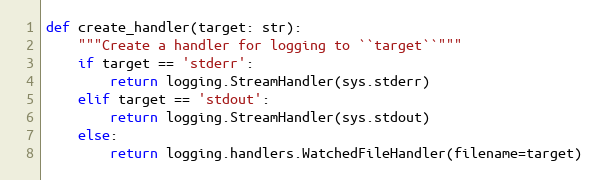
Language: Python
def create_handler(target: str):
    """Create a handler for logging to ``target``"""
    if target == 'stderr':
        return logging.StreamHandler(sys.stderr)
    elif target == 'stdout':
        return logging.StreamHandler(sys.stdout)
    else:
        return logging.handlers.WatchedFileHandler(filename=target)